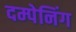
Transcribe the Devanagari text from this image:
दम्पेनिंग